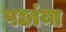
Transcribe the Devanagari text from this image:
पछांया